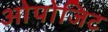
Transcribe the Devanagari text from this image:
ओपोजिट